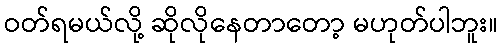
ဝတ်ရမယ်လို့ ဆိုလိုနေတာတော့ မဟုတ်ပါဘူး။